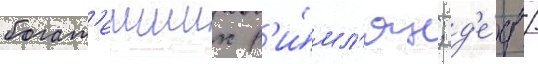
богат'еиших р'и́мл'ян; д'е́д /